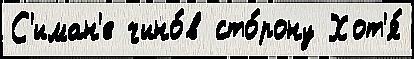
С'иман'е чино́в сто́рону Хот'я́